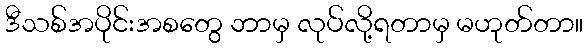
ဒီသစ်အပိုင်းအစတွေ ဘာမှ လုပ်လို့ရတာမှ မဟုတ်တာ။